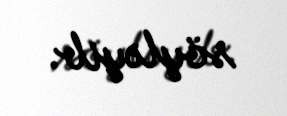
söyləyib.